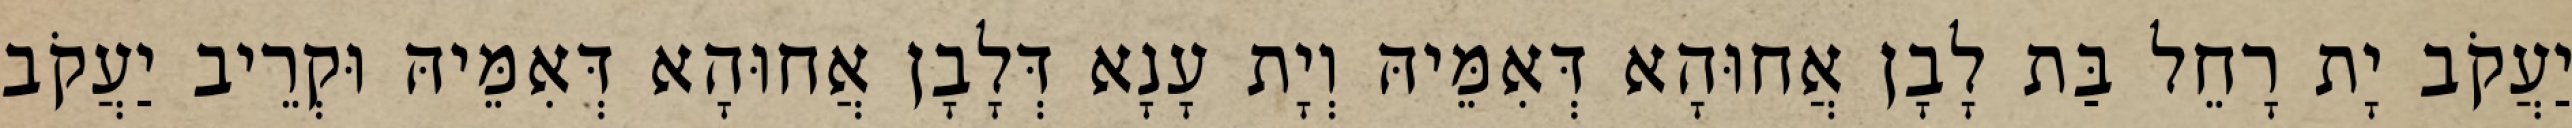
יַעֲקֹב יָת רָחֵל בַּת לָבָן אֲחוּהָא דְּאִמֵּיהּ וְיָת עָנָא דְּלָבָן אֲחוּהָא דְּאִמֵּיהּ וּקְרֵיב יַעֲקֹב